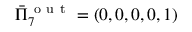
\bar { \Pi } _ { 7 } ^ { \mathrm { ~ o ~ u ~ t ~ } } = ( 0 , 0 , 0 , 0 , 1 )